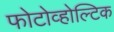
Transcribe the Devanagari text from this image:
फोटोव्होल्टिक